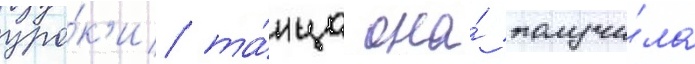
уро́к'и та́нца она́ получи́ла